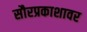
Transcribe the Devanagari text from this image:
सौरप्रकाशावर